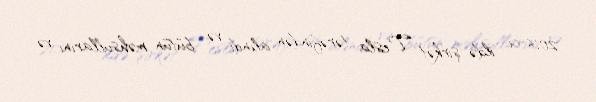
2016-cı ildə şirkət Tesla tərəfindən alındı və bütün məhsullarını və